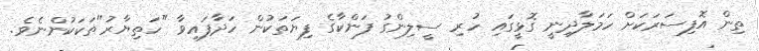
ތިން އޮފިސަރަކަށް ހަމަލާދިނީ ގޮޅީގައި ހުރި ސީލިންގު ފަންކާގެ ފިޔަތަކުން ހަދާފައިވާ "ހަތިޔާރު"ތަކަކުންނެވެ.